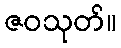
ဇဝသုတ်။